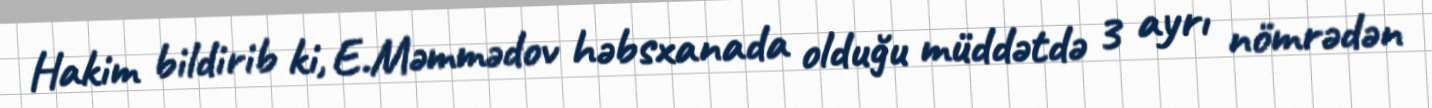
Hakim bildirib ki, E.Məmmədov həbsxanada olduğu müddətdə 3 ayrı nömrədən